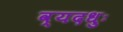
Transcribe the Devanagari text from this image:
व्यदधुः